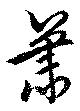
簫